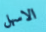
الاسهل